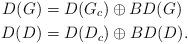
LaTeX: \begin{align*}D(G) & =D(G_{c})\oplus BD(G)\\D(D) & =D(D_{c})\oplus BD(D). \end{align*}